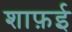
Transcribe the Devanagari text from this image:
शाफ़ई